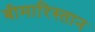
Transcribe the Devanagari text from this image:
बीमारिस्तान